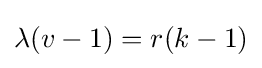
\lambda (v-1)=r(k-1)